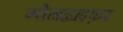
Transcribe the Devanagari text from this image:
ग्वेनह्वाइफ़र